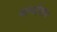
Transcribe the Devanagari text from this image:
चांगदेवास